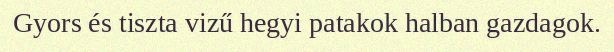
Gyors és tiszta vizű hegyi patakok halban gazdagok.